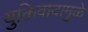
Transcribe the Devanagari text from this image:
युक्तिवादामुळे